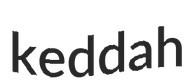
keddah